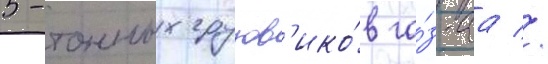
5-тонных грузов'ико́в га́з-аа //